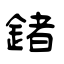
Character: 鍺